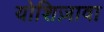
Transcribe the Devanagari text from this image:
योशिज़ावा